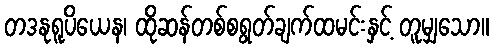
တဒနုရူပိယေန၊ ထိုဆန်တစ်စရွတ်ချက်ထမင်းနှင့် တူမျှသော။